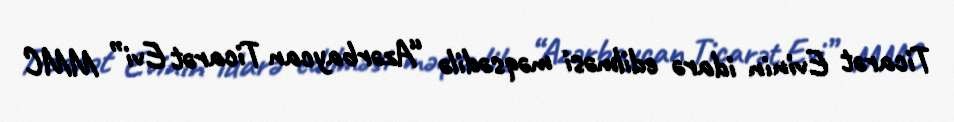
Ticarət Evinin idarə edilməsi məqsədilə “Azərbaycan Ticarət Evi” MMC